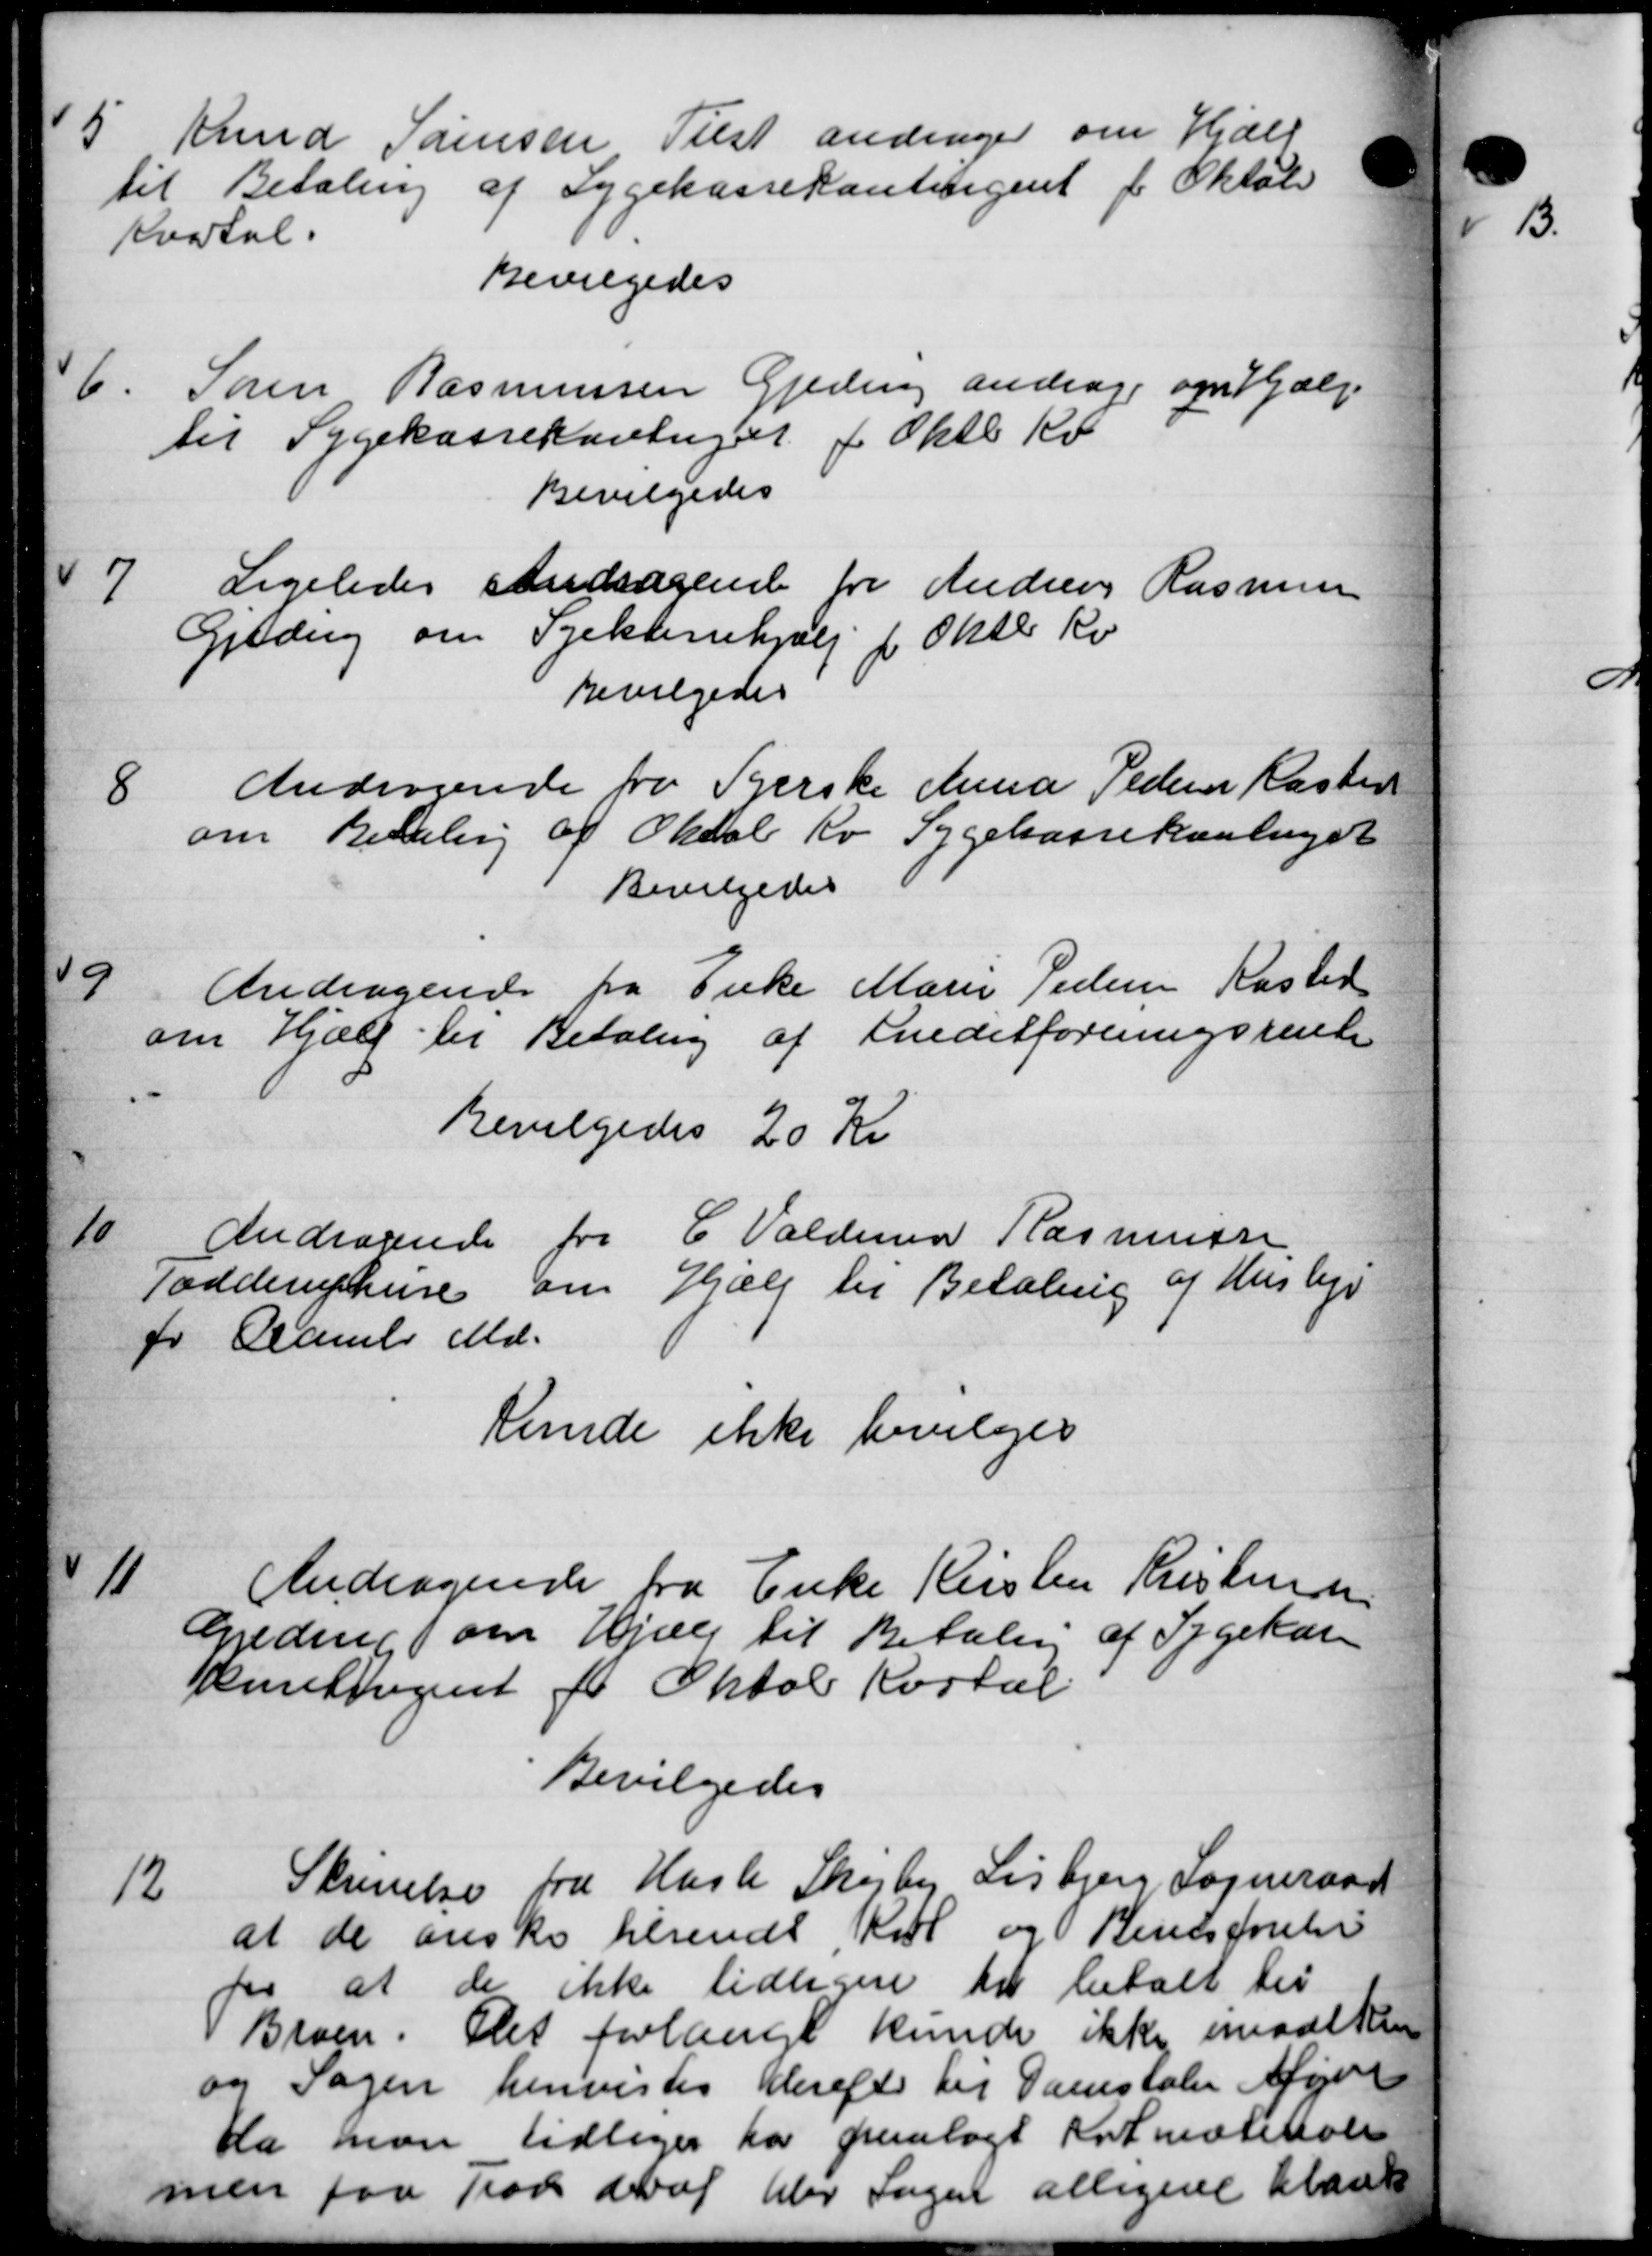
Transskription:
5
Knud Sørensen Tilst andrager om Hjælp
til Betaling af Sygekassekontingent for Oktober
Kvartal.
Bevilgedes
6.
Søren Rasmussen Gjeding andrager og Hjælp
til Sygekassekontiget f Oktb Kv
Bevilgedes
7
Ligeledes Andragende fra Andreas Rasmussen
Gjeding om Sjektenehjælp f Oktb Kv
Bevilgedes
8
Andragende fra Tjerske Anna Pedersen Kasten
om Remaling af Oksel Kr Sygekassekontinget
Bevilgedes
9
Andragende fra Enke Marie Pedersen Kasted
om Hjælp til Betaling af Sneditforeningsrente
Bevilgedes 20 Kr
10
Andragende fra C. Valdemar Rasmussen
Todderuphure om Hjælp til Betaling af Husleje
for Gamler Md.
Kunde ikke bevilges
11
Andragende fra Enke Kristen Kristensen
Gjeding om Hjælp til Betaling af Sygekasse
Muntingent for Oktob Kartal
Bevilgedes
12
Skrivelse fra Hasle Skejby Lisbjerg Sogneraad
at de ønske tilsendt Kul og Bentsførelse
at der ikke tidligere til betalt til
Broen. Det forlangt kunde ikke imodtken
og Sagen henvistes Herefter til Danstaler Afgøre
Da man tidliger har paalagt Kulmæsskole
men paa Trod deraf blev Sagen allegive kland